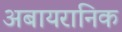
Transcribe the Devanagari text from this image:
अबायरानिक